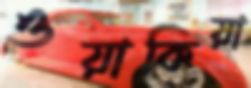
ওয়াকিয়া